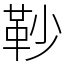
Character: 䩖